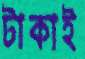
টাকাই